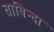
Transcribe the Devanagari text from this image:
ताबिन्दा